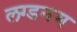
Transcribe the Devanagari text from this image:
लग्डनम